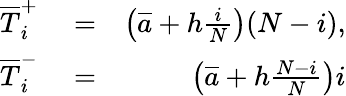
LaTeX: \begin{array}{rlr}{\overline{T}_{i}^{+}}&{{}=}&{\left(\overline{a}+h\frac{i}{N}\right)(N-i),}\\ {\overline{T}_{i}^{-}}&{{}=}&{\left(\overline{a}+h\frac{N-i}{N}\right)i}\end{array}